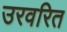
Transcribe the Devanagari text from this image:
उरवरित